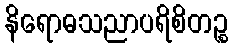
နိရောဓသညာပရိစိတဉ္စ